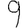
Digit: 9